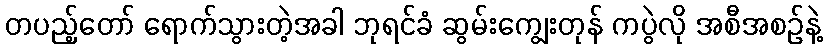
တပည့်တော် ရောက်သွားတဲ့အခါ ဘုရင်ခံ ဆွမ်းကျွေးတုန် ကပွဲလို အစီအစဉ်နဲ့